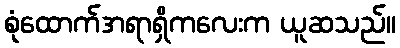
စုံထောက်အရာရှိကလေးက ယူဆသည်။